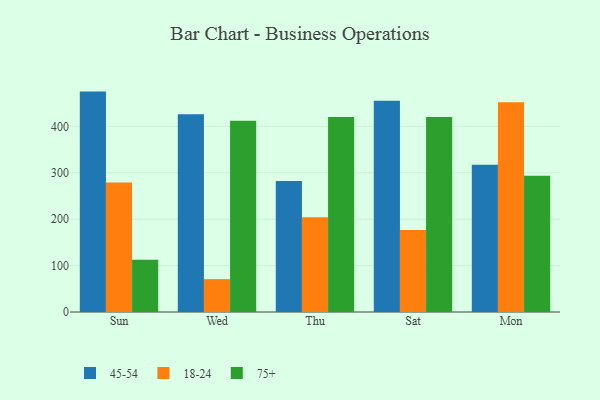
{"axis": {"x": "Day", "y": "Operating Costs (USD K)"}, "legend": ["18-24", "45-54", "75+"], "data": [{"x": "Sun", "y": 474.9, "type": "45-54"}, {"x": "Sun", "y": 278.9, "type": "18-24"}, {"x": "Sun", "y": 112.8, "type": "75+"}, {"x": "Wed", "y": 426.0, "type": "45-54"}, {"x": "Wed", "y": 70.8, "type": "18-24"}, {"x": "Wed", "y": 412.0, "type": "75+"}, {"x": "Thu", "y": 282.4, "type": "45-54"}, {"x": "Thu", "y": 204.0, "type": "18-24"}, {"x": "Thu", "y": 420.1, "type": "75+"}, {"x": "Sat", "y": 455.4, "type": "45-54"}, {"x": "Sat", "y": 176.7, "type": "18-24"}, {"x": "Sat", "y": 420.2, "type": "75+"}, {"x": "Mon", "y": 317.3, "type": "45-54"}, {"x": "Mon", "y": 451.9, "type": "18-24"}, {"x": "Mon", "y": 293.6, "type": "75+"}]}